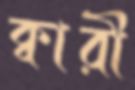
ক্বারী